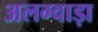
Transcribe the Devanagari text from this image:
अलग्वाड़ा